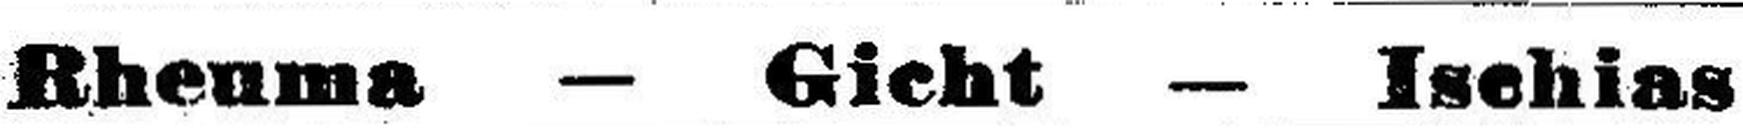
Rheuma — Gicht — Ischias